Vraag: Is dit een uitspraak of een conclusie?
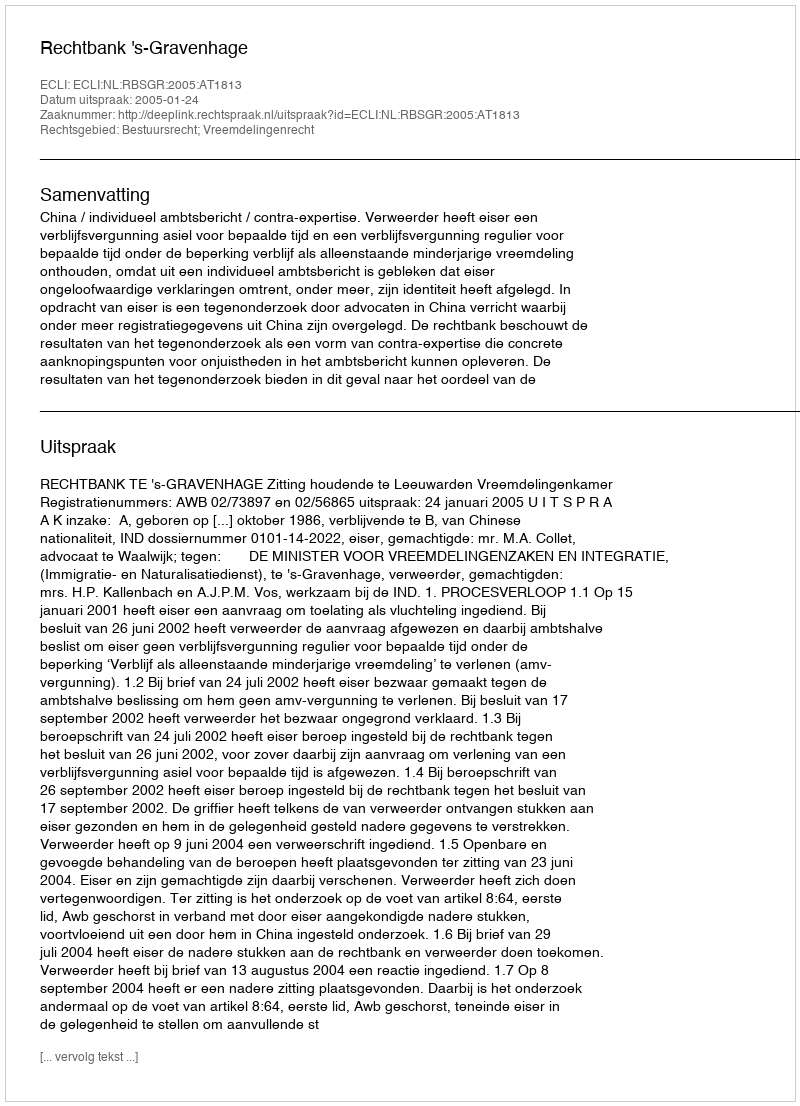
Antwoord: Uitspraak